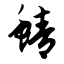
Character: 鲭